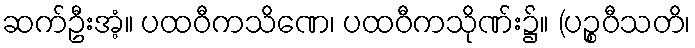
ဆက်ဦးအံ့။ ပထဝီကသိဏေ၊ ပထဝီကသိုဏ်း၌။ (ပဉ္စဝီသတိ၊